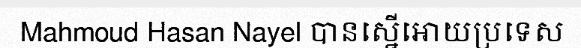
Mahmoud Hasan Nayel បានស្នើអោយប្រទេស